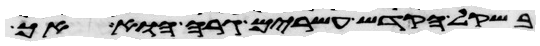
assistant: בשקל הקדש עשרים גרה הוא אך